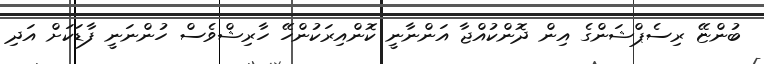
ބުންޏޭ ރިސެޕްޝަންގެ އިން ދޮންކުއްޖާ އަންނާނީ ކޮންއިރަކުންހޭ ހާރިޝްވެސް ހުންނަނީ ފާޑަކަށް އަދި